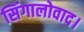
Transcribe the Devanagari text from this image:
सिंगालोवाद।